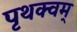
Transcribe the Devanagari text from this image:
पृथक्वम्